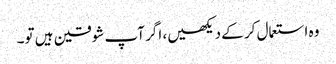
وہ استعمال کر کے دیکھیں، اگر آپ شوقین ہیں تو۔